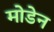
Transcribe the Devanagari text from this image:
मोडेन